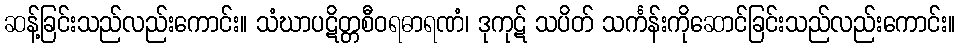
ဆန့်ခြင်းသည်လည်းကောင်း။ သံဃာပဋိတ္တစီဝရဓာရဏံ၊ ဒုကုဋ် သပိတ် သင်္ကန်းကိုဆောင်ခြင်းသည်လည်းကောင်း။